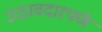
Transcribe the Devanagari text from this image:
उठावदारपणे